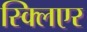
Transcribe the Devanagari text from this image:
स्क्लिएर